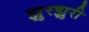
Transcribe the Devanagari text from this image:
झुरझुरी